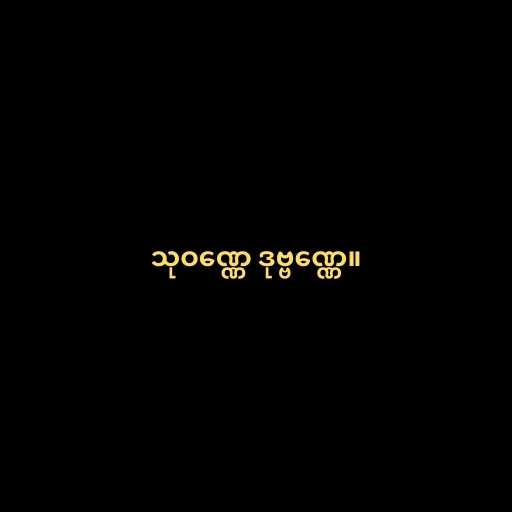
သုဝဏ္ဏေ ဒုဗ္ဗဏ္ဏေ။